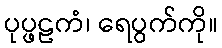
ပုပ္ဖဠကံ၊ ရေပွက်ကို။